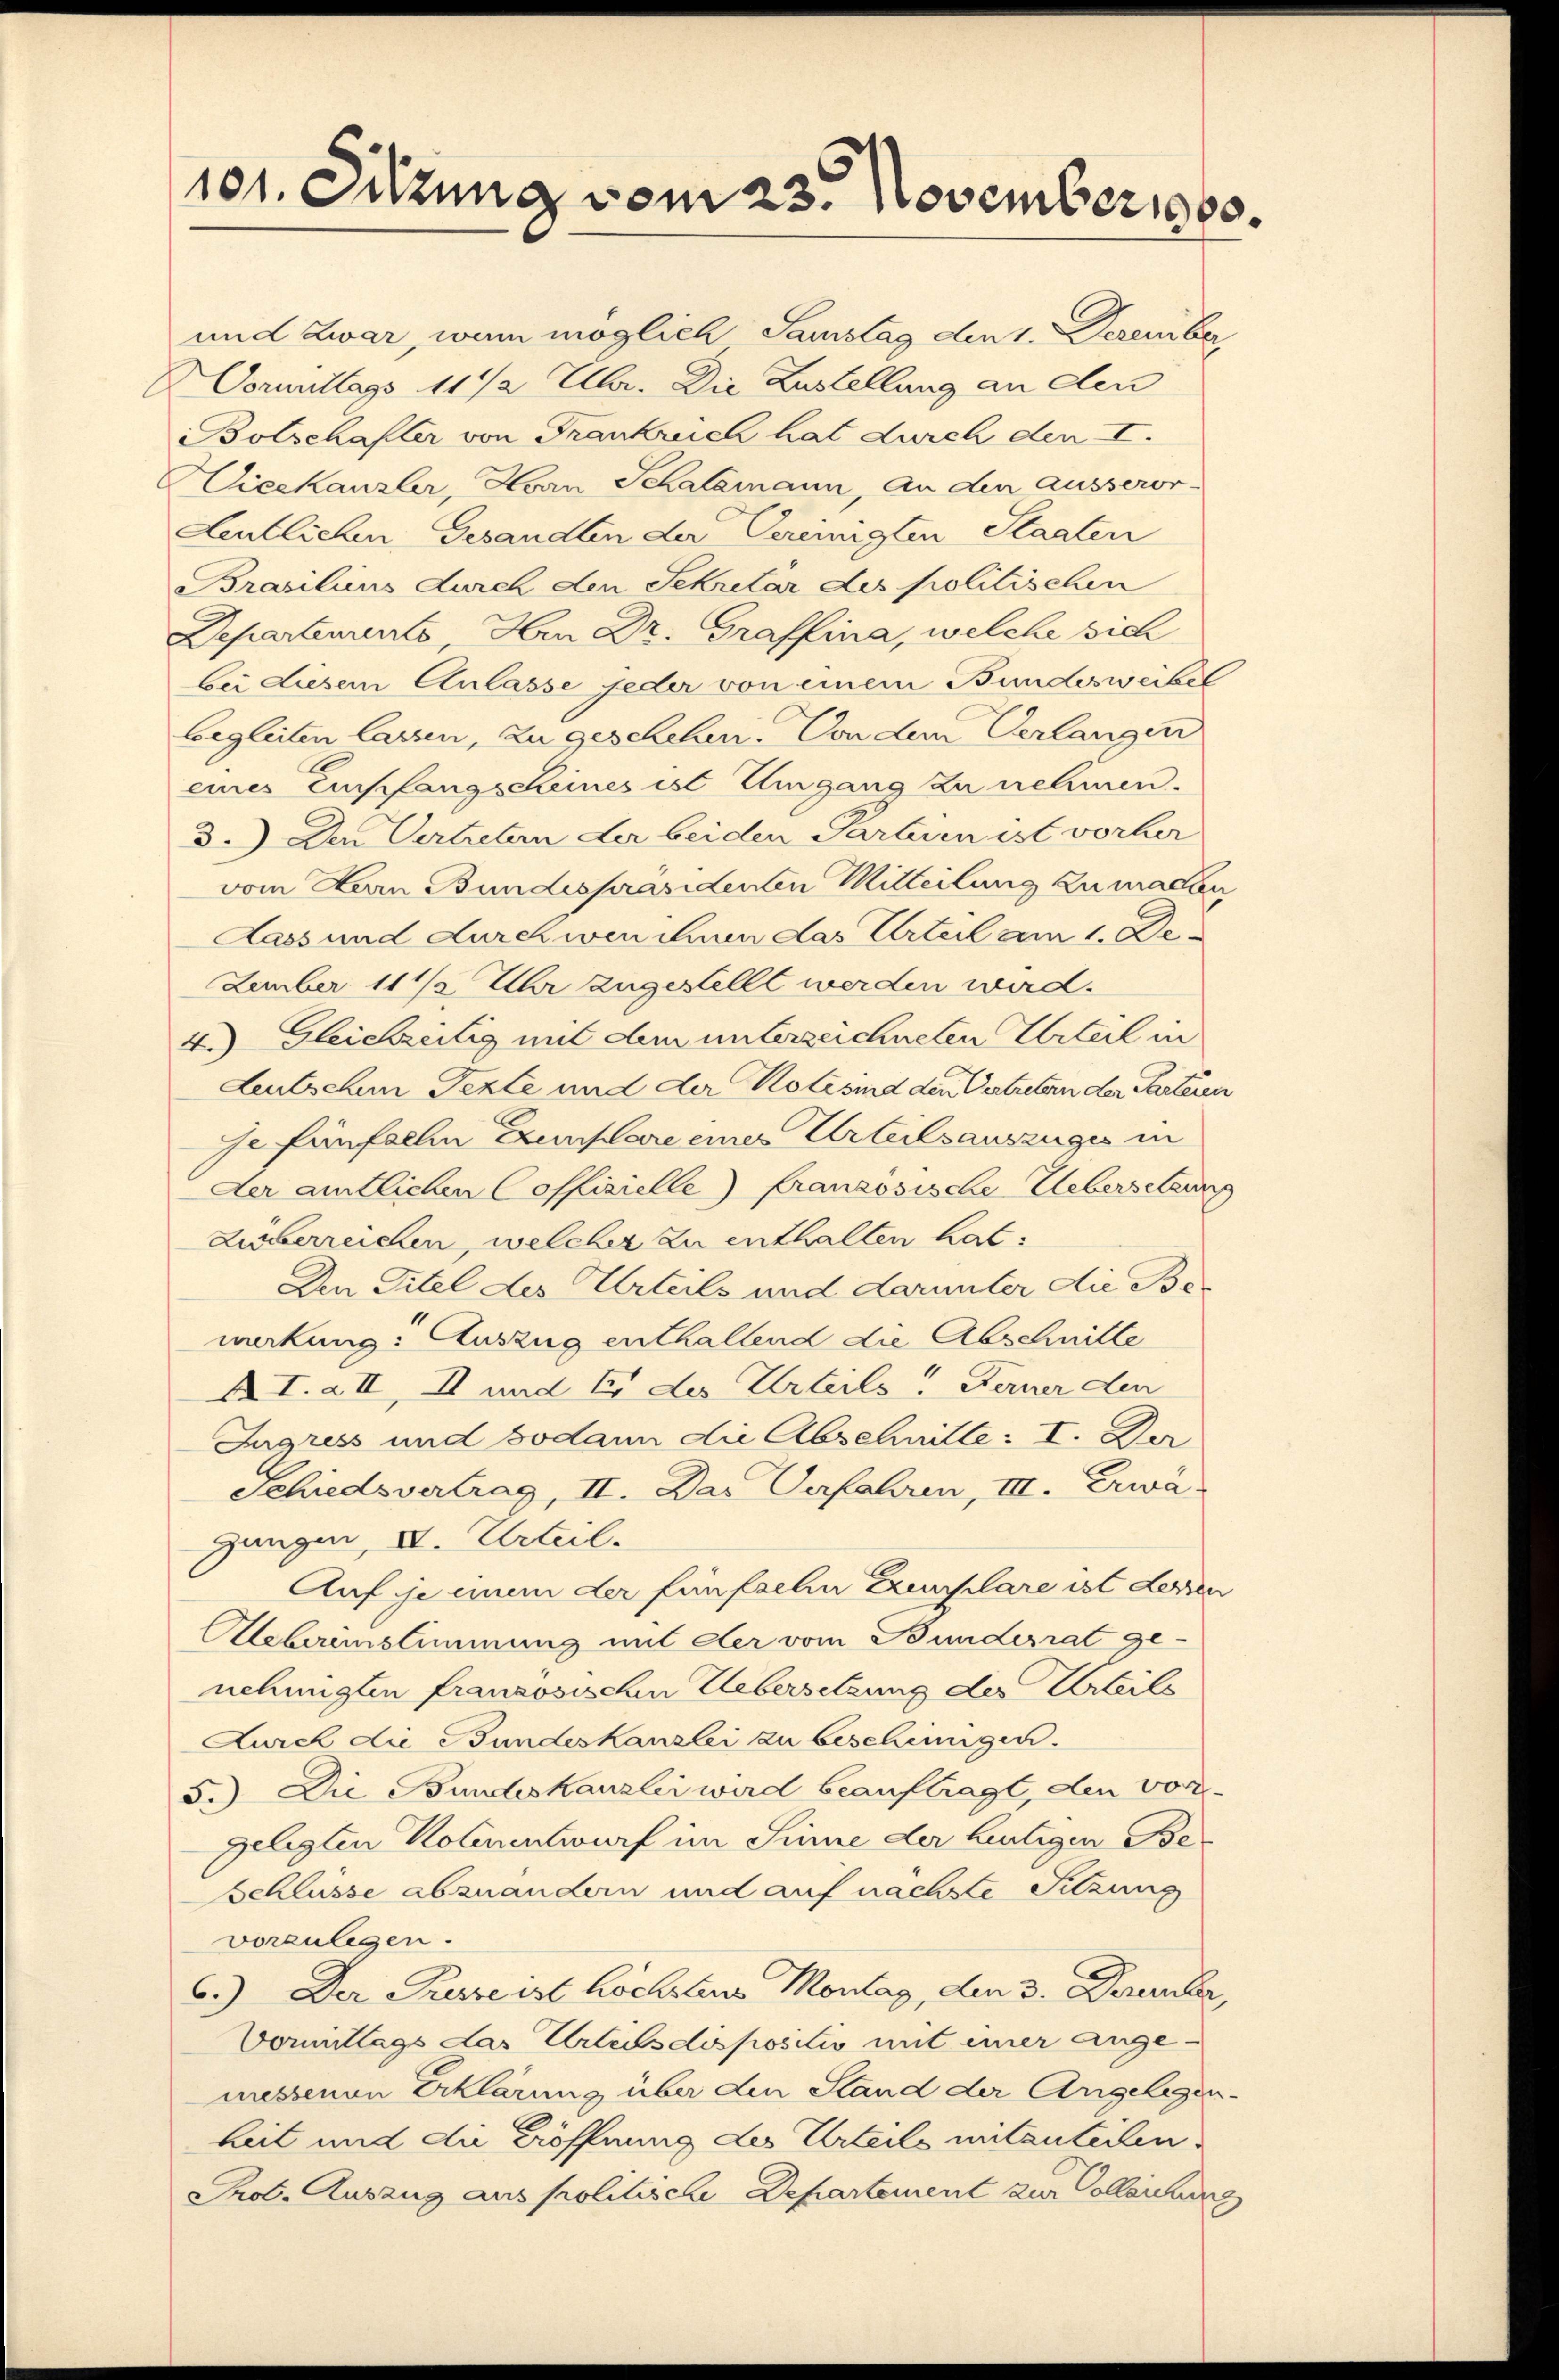
101. Sitzung vom 23. November 1900.

und zwar, wenn möglich Samstag den 1. Dezember
ormittags 111/2 Uhr. Die Zustellung an den
Bolschafter von Frankreich hat durch den I.
ieskanzler, Horn Schalemann, an den ausseror-
Aeutlichen Gesandten der Vereinigten Staaten
Brasiliens durch den Sekretär des politischen
Departements, Hrn Dr. Graffina, welche sich
bei diesem Anlasse jeder von einem Bundesweibel
begleiten lassen, zu geschehen. Von dem Verlangen
eines Einspfangscheines ist Eingang zu nehmen.
3.) Den Vertretern der beiden Parteien ist vorher
vom Herrn Bundespräsidenten Mitteilung zu machen
Lass und durch wen ihnen das Urteil am 1. De¬
Zember 11 ½ Uhr zugestellt werden wird.
4. Gleichzeitig mit dem unterzeichneten Urteil in
Leutschen Texte und der Kolesind den Vertreten der Parteren
se fünfallen Exemplare eines Urteilsauszuges in
der amtlichen Coffizielle) Französische Uebersetzung
Lieberreichen, welcher zu enthalten hat.
Den Titel des Urteils und darunter die Bewirkung: Auszug enthaltend die Abschnitte
AI.a II, II und Er des Urteils! Ferner den
Ingress und sodann die Abschnitte: I. Der
Schiedsvertrag, II. Das Verfahren, III. Erwä-
gangen, VV. Urteil.
Auf je einem der fünfzehn Exemplare ist deren
Aeberinstimmung mit der vom Bundesrat ge-
nehmigten französischen Uebersetzung der Urteils
Zurch die Bundeskanzlei zu bescheinigen.
5.) Die Bundeskanzlei wird beauftragt, den vor-
gelegten Kolmnentwurf im Sinne der heutigen Beschlüsse abzuändern und auf nächste Sitzung
vorzulegen.
6.) Der Presse ist höchstens Montag, den 3. Dezember,
Vormittags das Urteisdispositio mit einer ange-
messenen Erklärung über den Stand der Angelegenheit und die Eröffnung des Urteile mitanteilen.
Prot. Auszug aus Prolitische Departement zur Collenzung